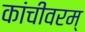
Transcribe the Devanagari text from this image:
कांचीवरम्